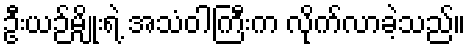
ဦးယဉ်မျိုးရဲ့ အသံဝါကြီးက လိုက်လာခဲ့သည်။